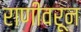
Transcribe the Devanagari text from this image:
राणीवरून